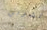
تشربي